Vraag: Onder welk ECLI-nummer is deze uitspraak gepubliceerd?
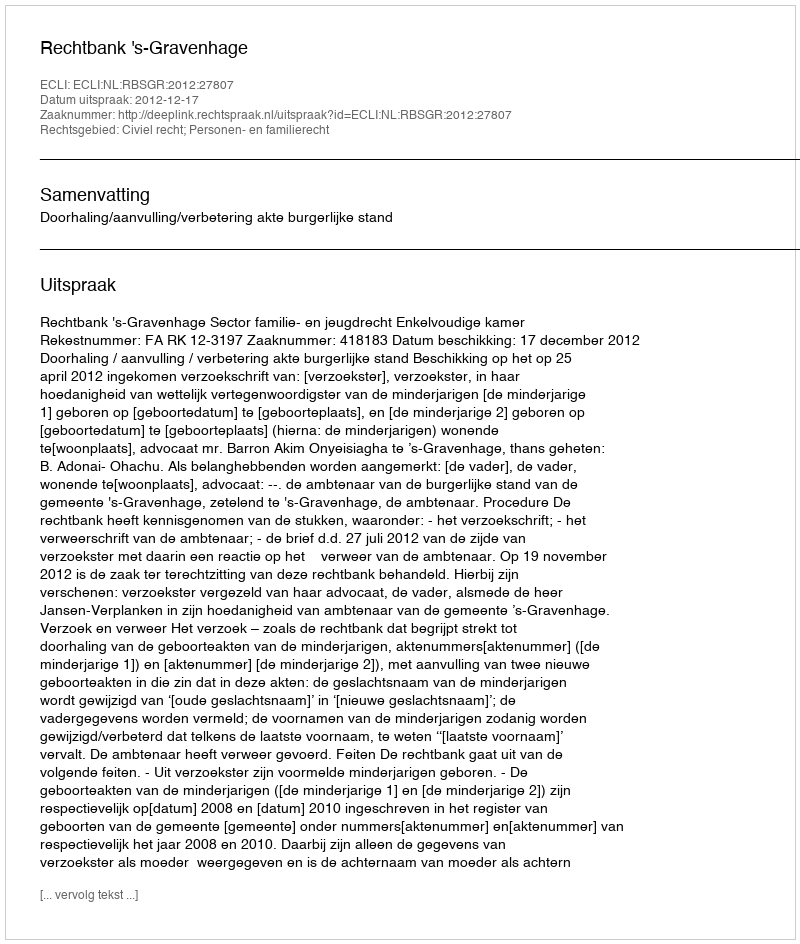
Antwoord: ECLI:NL:RBSGR:2012:27807